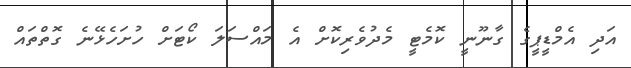
އަދި އެމްޑީޕީގެ ގާނޫނީ ކޮމެޓީ މެދުވެރިކޮށް އެ މައްސަލަ ކޯޓަށް ހުށަހެޅޭނެ ގޮތްތައް